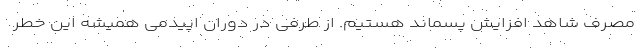
مصرف شاهد افزایش پسماند هستیم. از طرفی در دوران اپیدمی همیشه این خطر